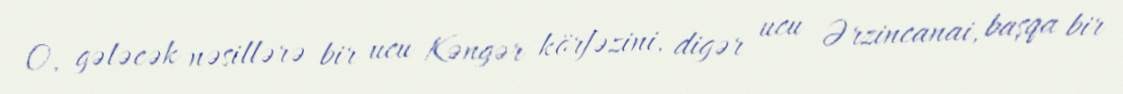
O, gələcək nəsillərə bir ucu Kəngər körfəzini, digər ucu Ərzincanai, başqa bir